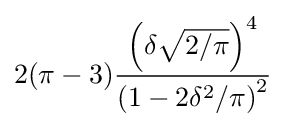
2(\pi -3){\frac {\left(\delta {\sqrt {2/\pi }}\right)^{4}}{\left(1-2\delta ^{2}/\pi \right)^{2}}}